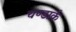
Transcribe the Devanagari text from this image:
चण्डार्क